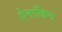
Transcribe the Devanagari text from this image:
ऐनाकिन